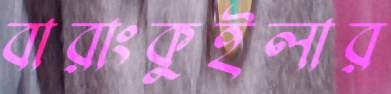
বারাংকুইলার